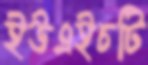
ইউএইচটি